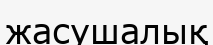
жасушалық